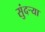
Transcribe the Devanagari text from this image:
सुंदर्‍या